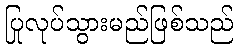
ပြုလုပ်သွားမည်ဖြစ်သည်